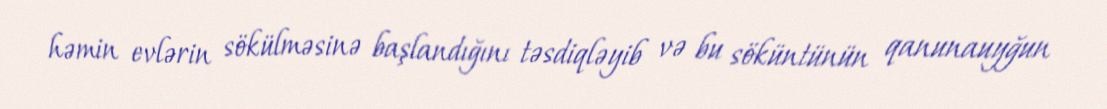
həmin evlərin sökülməsinə başlandığını təsdiqləyib və bu söküntünün qanunauyğun